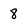
Character: 8